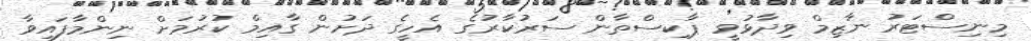
މިނިސްޓަރު ނާޒިމް ވިދާޅުވީ ޕާކިސްތާން ސަރުކާރުގެ އެހީގެ ދަށުން ގާއިމް ކުރުމަށް ނިންމާފައިވާ